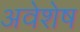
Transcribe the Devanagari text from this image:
अवेशेष